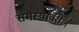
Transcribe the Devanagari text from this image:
समस्यांवरील